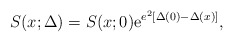
\begin{align*}S(x;\Delta) = S(x;0) {\rm e}^{e^2[\Delta(0) - \Delta(x)]}, \end{align*}